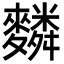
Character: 𪍴